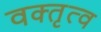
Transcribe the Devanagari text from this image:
वक्‍तृत्व